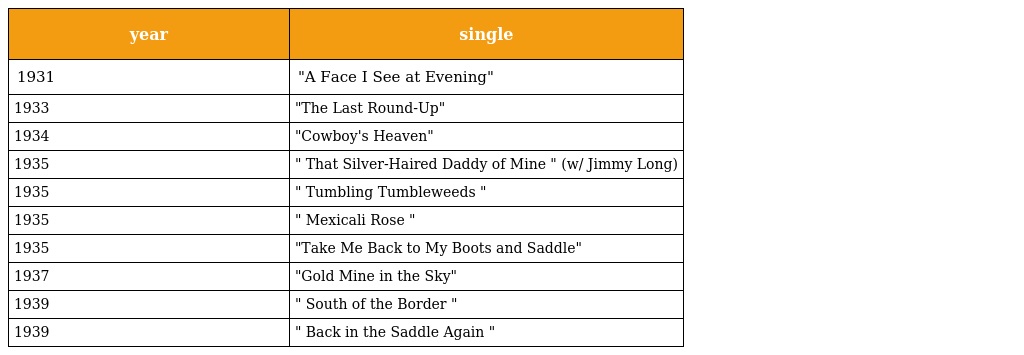
| year | single |
 | --- | --- |
 | 1931 | "A Face I See at Evening" |
 | 1933 | "The Last Round-Up" |
 | 1934 | "Cowboy's Heaven" |
 | 1935 | " That Silver-Haired Daddy of Mine " (w/ Jimmy Long) |
 | 1935 | " Tumbling Tumbleweeds " |
 | 1935 | " Mexicali Rose " |
 | 1935 | "Take Me Back to My Boots and Saddle" |
 | 1937 | "Gold Mine in the Sky" |
 | 1939 | " South of the Border " |
 | 1939 | " Back in the Saddle Again " |